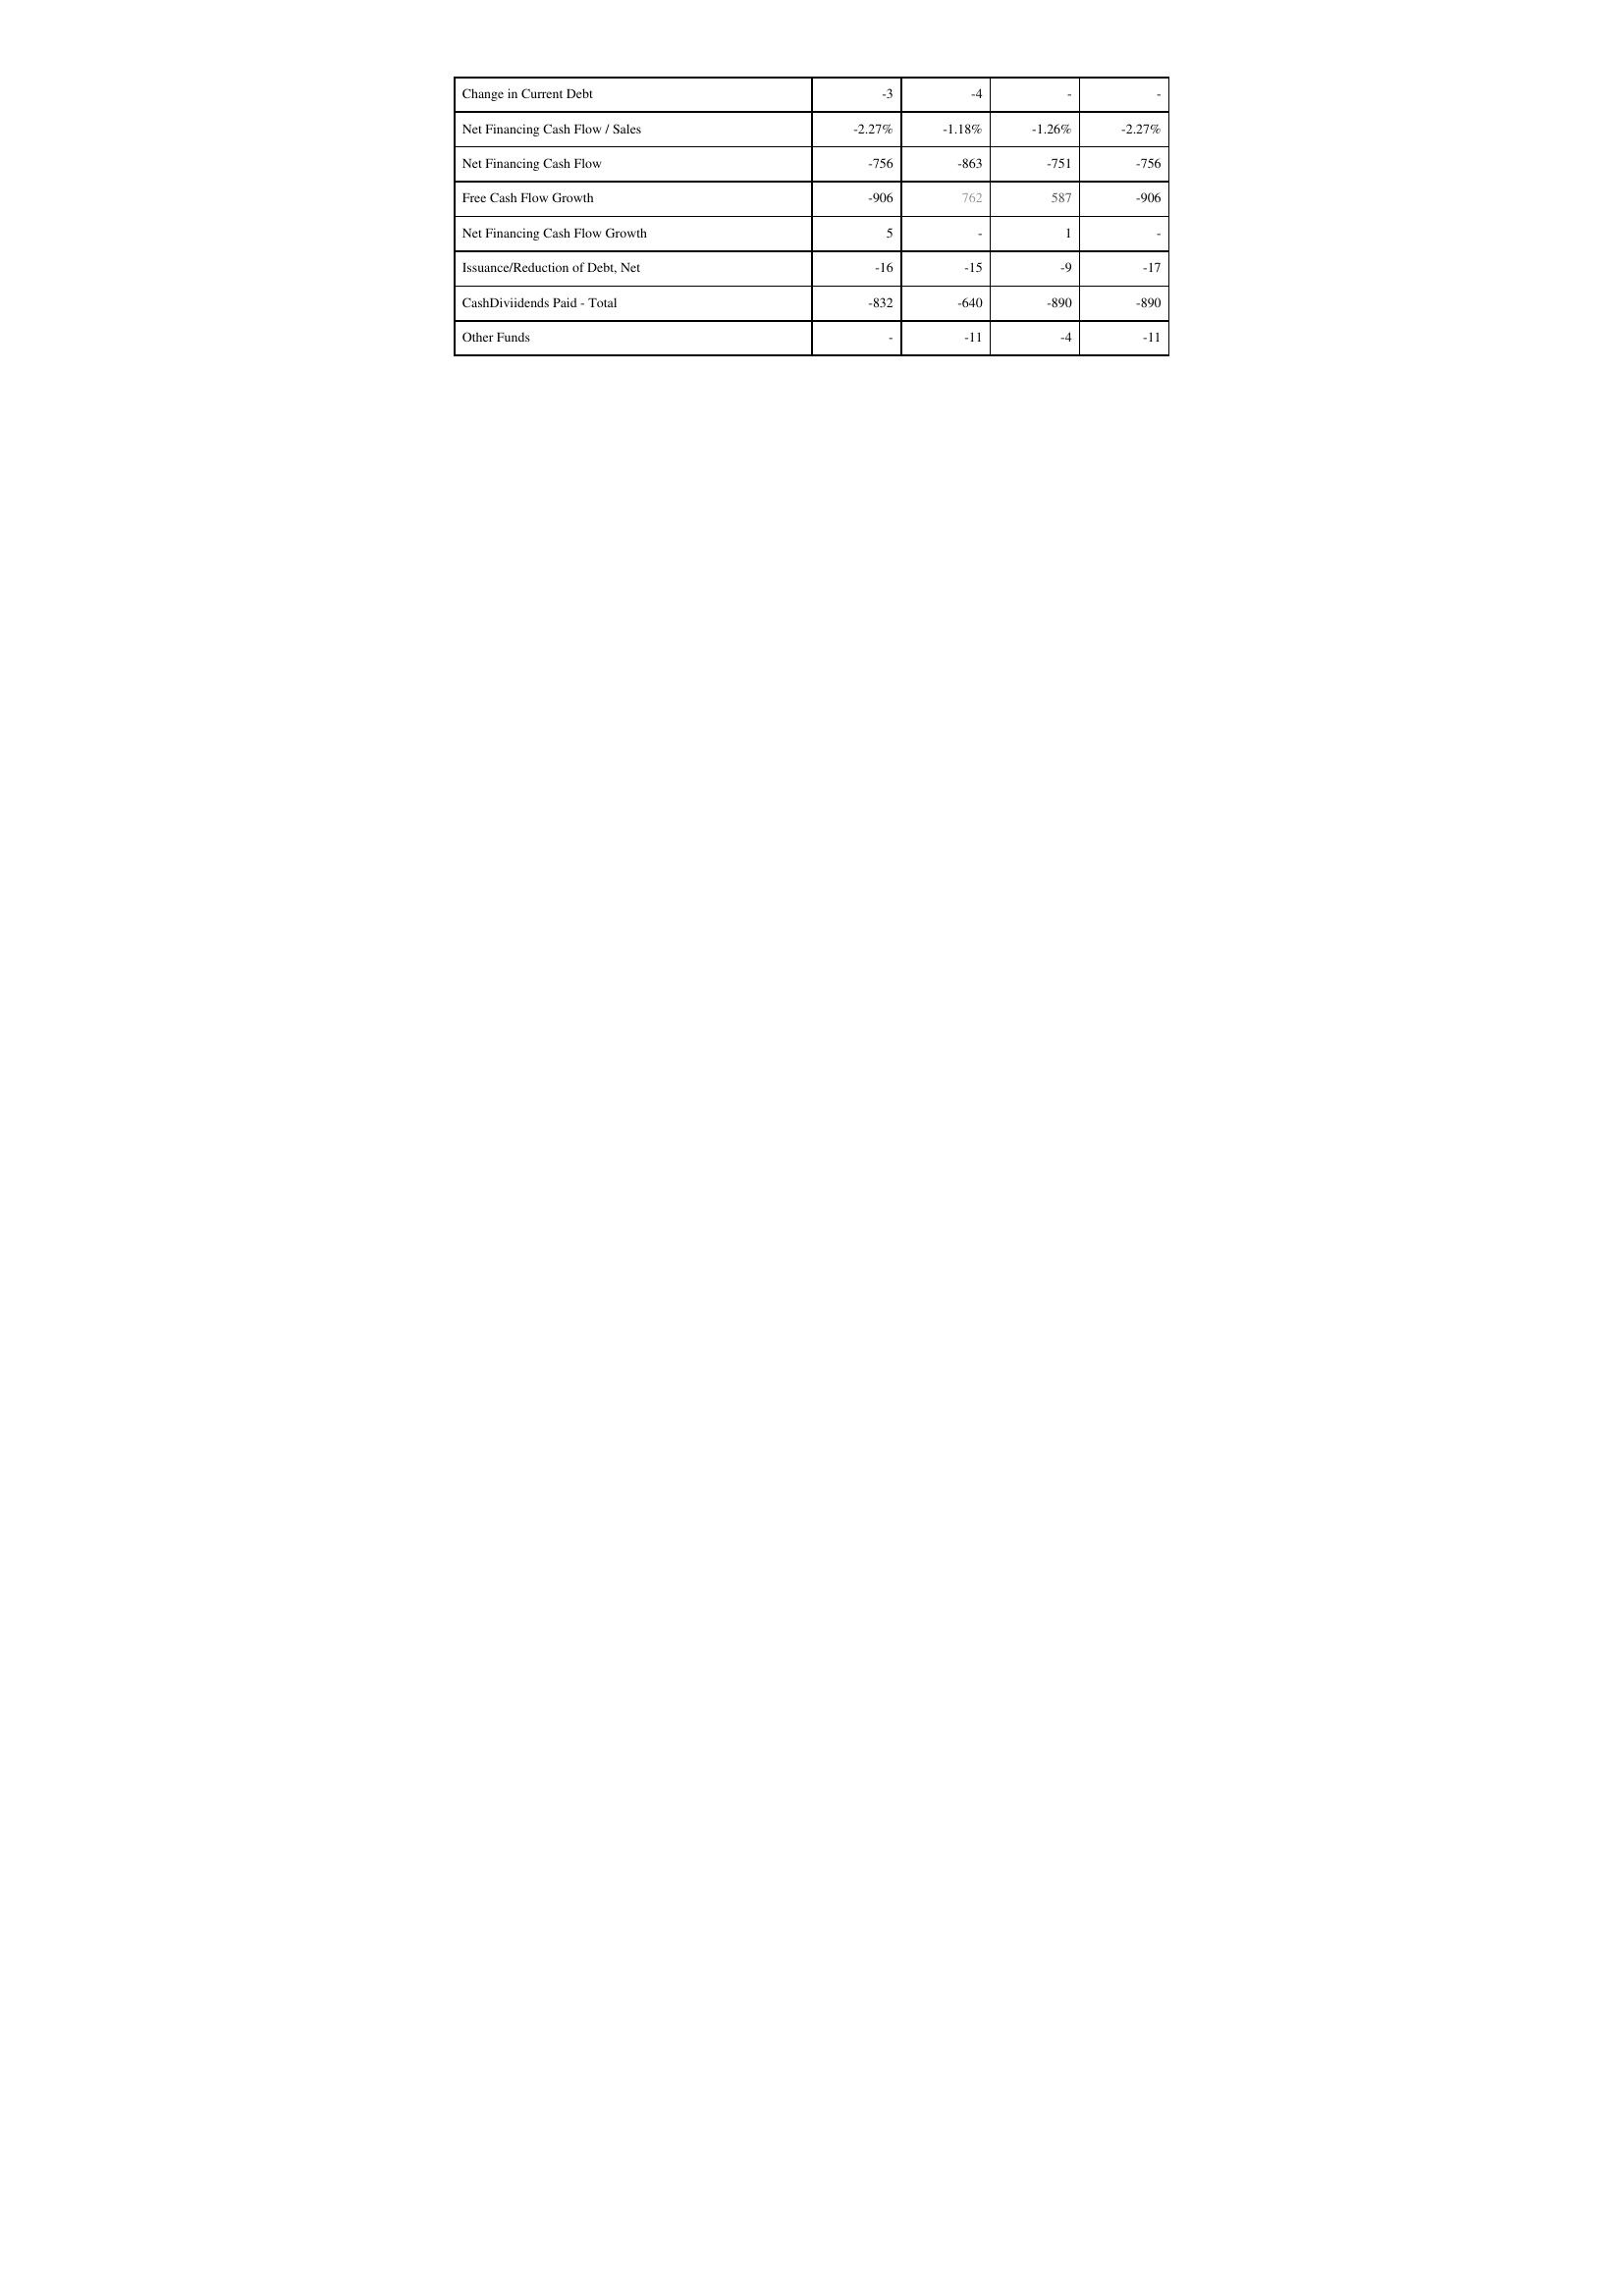
2021: Financing Activities: Change in Current Debt: -3
Net Financing Cash Flow / Sales: -2.27%
Net Financing Cash Flow: -756
Free Cash Flow Growth: -906
Net Financing Cash Flow Growth: 5
Issuance/Reduction of Debt, Net: -16
CashDiviidends Paid - Total: -832
Other Funds: -
2020: Financing Activities: Change in Current Debt: -4
Net Financing Cash Flow / Sales: -1.18%
Net Financing Cash Flow: -863
Free Cash Flow Growth: 762
Net Financing Cash Flow Growth: -
Issuance/Reduction of Debt, Net: -15
CashDiviidends Paid - Total: -640
Other Funds: -11
2019: Financing Activities: Change in Current Debt: -
Net Financing Cash Flow / Sales: -1.26%
Net Financing Cash Flow: -751
Free Cash Flow Growth: 587
Net Financing Cash Flow Growth: 1
Issuance/Reduction of Debt, Net: -9
CashDiviidends Paid - Total: -890
Other Funds: -4
2018: Financing Activities: Change in Current Debt: -
Net Financing Cash Flow / Sales: -2.27%
Net Financing Cash Flow: -756
Free Cash Flow Growth: -906
Net Financing Cash Flow Growth: -
Issuance/Reduction of Debt, Net: -17
CashDiviidends Paid - Total: -890
Other Funds: -11